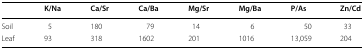
|  | K/Na | Ca/Sr | Ca/Ba | Mg/Sr | Mg/Ba | P/As | Zn/Cd |
 | --- | --- | --- | --- | --- | --- | --- | --- |
 | Soil | 5 | 180 | 79 | 14 | 6 | 50 | 33 |
 | Leaf | 93 | 318 | 1602 | 201 | 1016 | 13,059 | 204 |